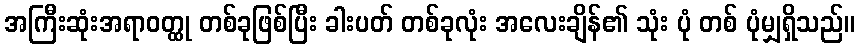
အကြီးဆုံးအရာဝတ္ထု တစ်ခုဖြစ်ပြီး ခါးပတ် တစ်ခုလုံး အလေးချိန်၏ သုံး ပုံ တစ် ပုံမျှရှိသည်။